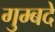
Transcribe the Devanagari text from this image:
गुम्बदें